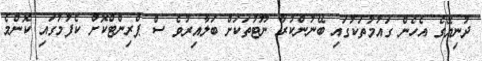
ދުނިޔޭގެ އެހެން ގައުމުތަކުގައި ބޭނުންކުރާ ނޫޓުތަކަށް ބަލާއިރުވެ ސް ޕްރިންޓްކޮށް ކެފުމުގައި ކޮންމެ